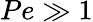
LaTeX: Pe\gg 1